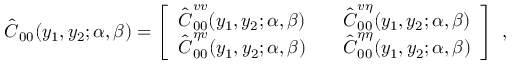
\hat { \boldsymbol { C } } _ { 0 0 } ( y _ { 1 } , y _ { 2 } ; \alpha , \beta ) = \left[ \begin{array} { l l l } { \hat { \boldsymbol { C } } _ { 0 0 } ^ { v v } ( y _ { 1 } , y _ { 2 } ; \alpha , \beta ) } & { } & { \hat { \boldsymbol { C } } _ { 0 0 } ^ { v \eta } ( y _ { 1 } , y _ { 2 } ; \alpha , \beta ) } \\ { \hat { \boldsymbol { C } } _ { 0 0 } ^ { \eta v } ( y _ { 1 } , y _ { 2 } ; \alpha , \beta ) } & { } & { \hat { \boldsymbol { C } } _ { 0 0 } ^ { \eta \eta } ( y _ { 1 } , y _ { 2 } ; \alpha , \beta ) } \end{array} \right] \mathrm { ~ , ~ }